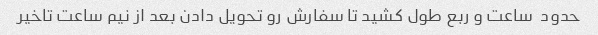
حدود  ساعت و ربع طول کشید تا سفارش رو تحویل دادن بعد از نیم ساعت تاخیر